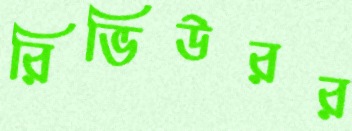
রিভিউরর